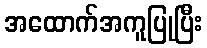
အထောက်အကူပြုပြီး